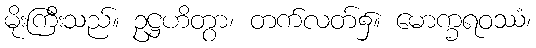
မိုးကြီးသည်။ ဥဋ္ဌဟိတွာ၊ တက်လတ်၌။ မောက္ခရဝဿံ၊